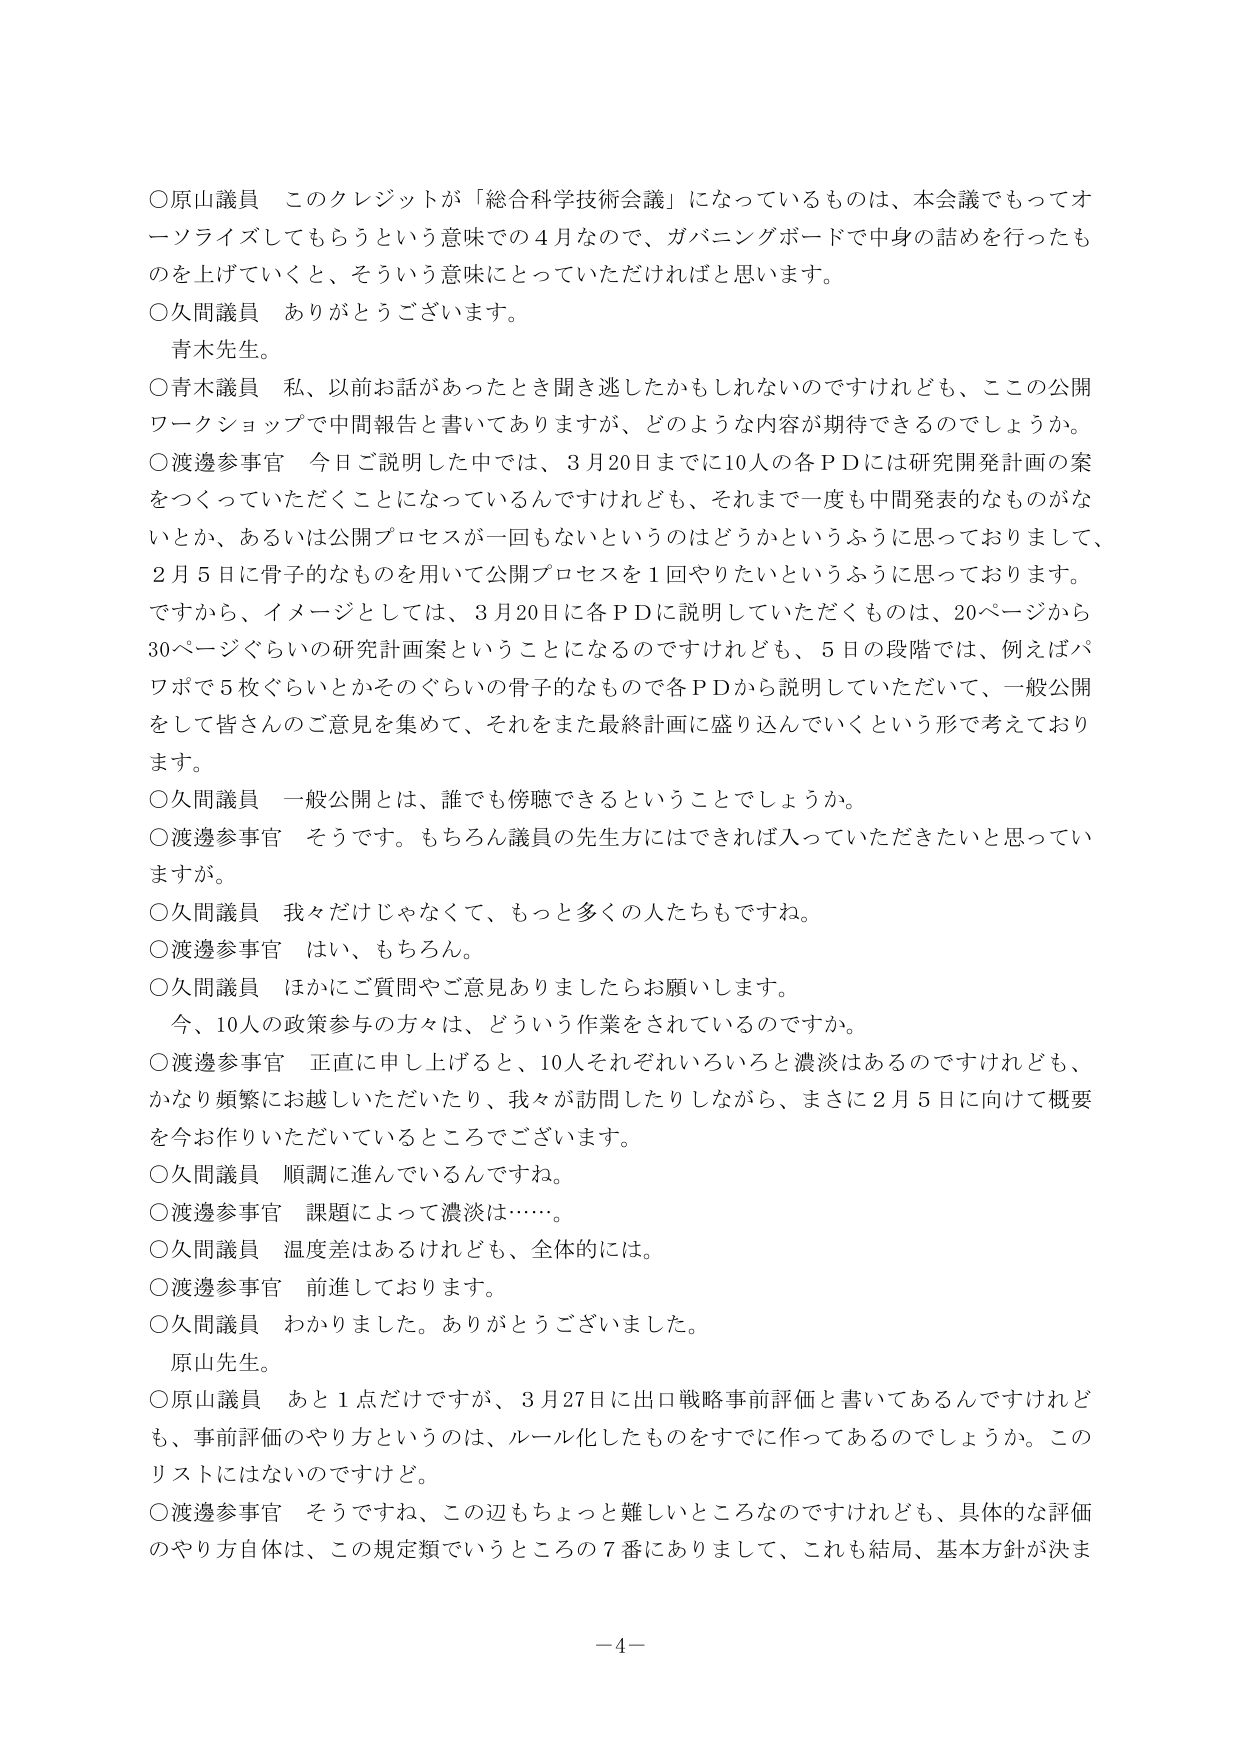
○原山議員　このクレジットが「総合科学技術会議」になっているものは、本会議でもってオーソライズしてもらうという意味での４月なので、ガバニングボードで中身の詰めを行ったものを上げていくと、そういう意味にとっていただければと思います。

○久間議員　ありがとうございます。
　青木先生。

○青木議員　私、以前お話があったとき聞き逃したかもしれないのですけれども、ここの公開ワークショップで中間報告と書いてありますが、どのような内容が期待できるのでしょうか。

○渡邊参事官　今日ご説明した中では、３月20日までに10人の各ＰＤには研究開発計画の案をつくっていただくことになっているんですけれども、それまで一度も中間発表的なものがなないとか、あるいは公開プロセスが一回もないというのはどうかというふうに思っておりまして、２月５日に骨子的なものを用いて公開プロセスを１回やりたいというふうに思っております。
　ですから、イメージとしては、３月20日に各ＰＤに説明していただくものは、20ページから30ページぐらいの研究計画案ということになるのですけれども、５日の段階では、例えばパワポで５枚ぐらいとかそのぐらいの骨子的なもので各ＰＤから説明していただいて、一般公開をして皆さんのご意見を集めて、それをまた最終計画に盛り込んでいくという形で考えております。

○久間議員　一般公開とは、誰でも傍聴できるということでしょうか。

○渡邊参事官　そうです。もちろん議員の先生方にはできれば入っていただきたいと思っていきますが。

○久間議員　我々だけじゃなくて、もっと多くの人たちもですね。

○渡邊参事官　はい、もちろん。

○久間議員　ほかにご質問やご意見ありましたらお願いします。
　今、10人の政策参与の方々は、どういう作業をされているのですか。

○渡邊参事官　正直に申し上げると、10人それぞれいろいろと濃淡はあるのですけれども、かなり頻繁にお越しいただいたり、我々が訪問したりしながら、まさに２月５日に向けて概要を今お作りいただいているところでございます。

○久間議員　順調に進んでいるんですね。

○渡邊参事官　課題によって濃淡は……。

○久間議員　温度差はあるけれども、全体的には。

○渡邊参事官　前進しております。

○久間議員　わかりました。ありがとうございました。
　原山先生。

○原山議員　あと１点だけですが、３月27日に出口戦略事前評価と書いてあるんですけれども、事前評価のやり方というのは、ルール化したものすてに作ってあるのでしょうか。このリストにはないのですけど。

○渡邊参事官　そうですね、この辺もちょっと難しいところなのですが、具体的な評価のやり方自体は、この規定類でいうところの７番にありまして、これも結局、基本方針が決ま

－4－